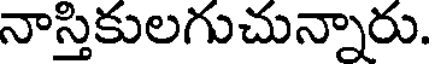
నాస్తికులగుచున్నారు.